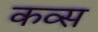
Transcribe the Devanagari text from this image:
कव्स